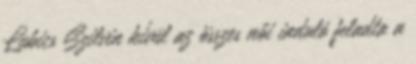
Lubics Szilvin kívül az összes női induló feladta a